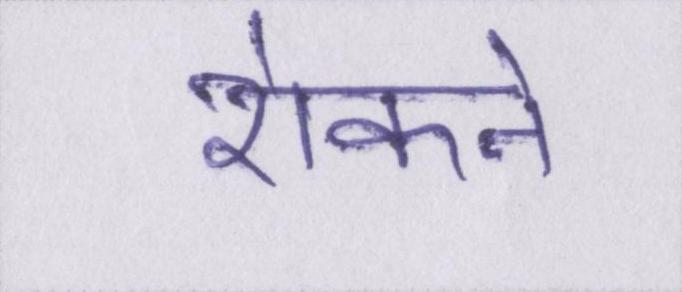
रोकने